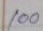
100